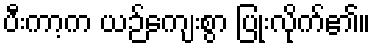
ပီးကာ့က ယဉ်ကျေးစွာ ပြုံးလိုက်၏။